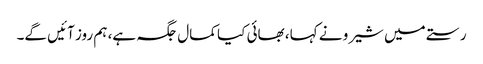
رستے میں شیرو نے کہا، بھائی کیا کمال جگہ ہے، ہم روز آئیں گے۔